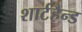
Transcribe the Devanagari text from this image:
शार्टहैन्ड